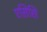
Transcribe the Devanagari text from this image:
एसिसि